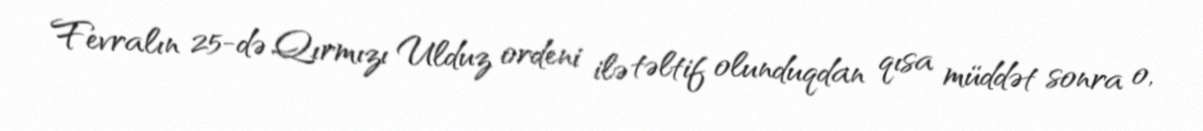
Fevralın 25-də Qırmızı Ulduz ordeni ilə təltif olunduqdan qısa müddət sonra o,